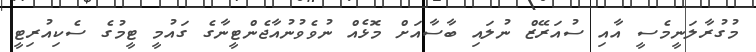
މުގުރާލަނީމެސީ އާއި ސުއަރޭޒް ނުލައި ބާސާއަށް މޮޅެއް ނުވެވުނުއާޖެންޓީނާގެ ގައުމީ ޓީމުގެ ސެކިއުރިޓީ